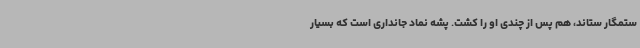
ستمگار ستاند، هم پس از چندی او را کشت. پشه نماد جانداری است که بسیار